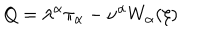
Q = \lambda ^ { \alpha } \pi _ { \alpha } - \nu ^ { \alpha } W _ { \alpha } ( \xi )